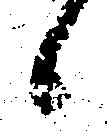
候